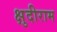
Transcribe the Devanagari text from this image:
क्षुदीराम